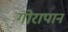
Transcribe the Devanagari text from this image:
गोरापान